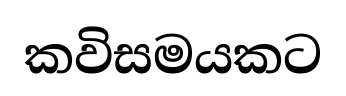
කවිසමයකට